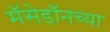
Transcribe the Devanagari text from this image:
मॅसेडॉनच्या